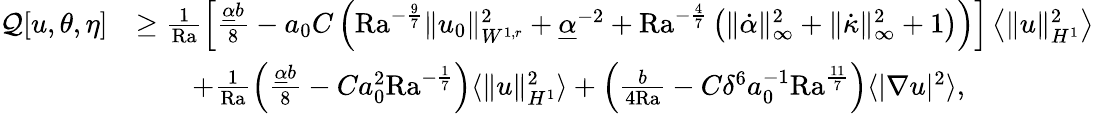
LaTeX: \begin{array}{rl}{\mathcal{Q}[u,\theta,\eta]}&{\geq\frac{1}{\mathrm{{Ra}}}\left[\frac{\underline{{\alpha}}b}{8}-a_{0}C\left({\mathrm{Ra}}^{-\frac{9}{7}}\| u_{0}\| _{W^{1,r}}^{2}+\underline{{\alpha}}^{-2}+\mathrm{{Ra}}^{-\frac{4}{7}}\left(\| \dot{\alpha}\| _{\infty}^{2}+\| \dot{\kappa}\| _{\infty}^{2}+1\right)\right)\right]\left\langle\| u\| _{H^{1}}^{2}\right\rangle}\\ &{\qquad+\frac{1}{{\mathrm{Ra}}}\left(\frac{\underline{{\alpha}}b}{8}-Ca_{0}^{2}\mathrm{{Ra}}^{-\frac{1}{7}}\right)\langle\| u\| _{H^{1}}^{2}\rangle+\left(\frac{b}{4{\mathrm{Ra}}}-C\delta^{6}a_{0}^{-1}\mathrm{{Ra}}^{\frac{11}{7}}\right)\langle|\nabla u|^{2}\rangle,}\end{array}